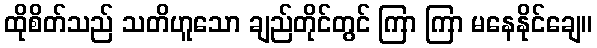
ထိုစိတ်သည် သတိဟူသော ချည်တိုင်တွင် ကြာ ကြာ မနေနိုင်ချေ။